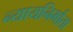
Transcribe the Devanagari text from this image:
न्यायनिर्माता